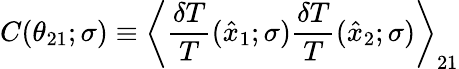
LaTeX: C(\theta_{21};\sigma)\equiv\left\langle{\frac{\delta T}{T}}(\hat{x}_{1};\sigma){\frac{\delta T}{T}}(\hat{x}_{2};\sigma)\right\rangle_{21}